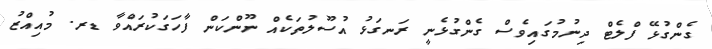
ގެންގުޅޭ ފްލެޓް ދިނުމުގައިވެސް ގެންގުޅެނީ ރަނގަޅު އުސޫލުތަކެއް ނޫންކަން ފާހަގަކުރައްވާ ޑރ. މުއިއްޒު